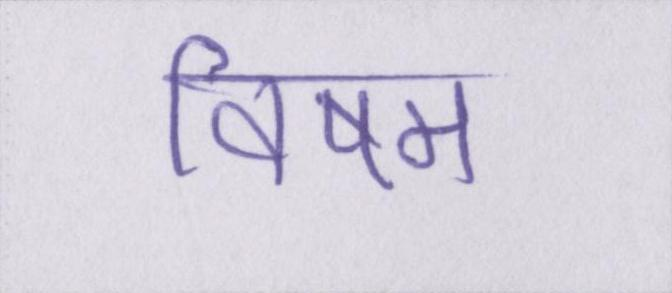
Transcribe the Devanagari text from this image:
विषम